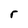
Character: r